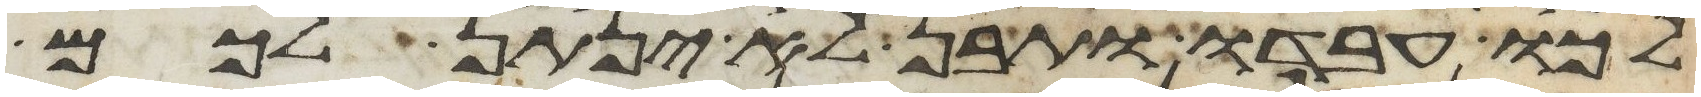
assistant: לכו עבדו ותבן לא ינתן לכם